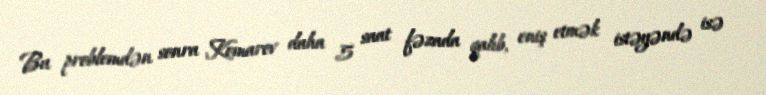
Bu problemdən sonra Komarov daha 5 saat fəzada qalıb, eniş etmək istəyəndə isə